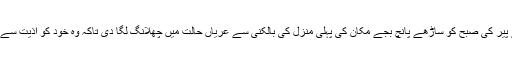
عورت نے پیر کی صبح کو ساڑھے پانچ بجے مکان کی پہلی منزل کی بالکنی سے عریاں حالت میں چھلانگ لگا دی تاکہ وہ خود کو اذیت سے بچا سکے۔